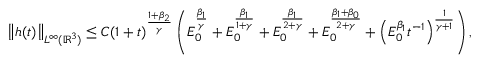
\left\| h ( t ) \right\| _ { L ^ { \infty } ( \ensuremath { { \mathbb R } } ^ { 3 } ) } \leq C ( 1 + t ) ^ { \frac { 1 + \beta _ { 2 } } { \gamma } } \left( E _ { 0 } ^ { \frac { \beta _ { 1 } } { \gamma } } + E _ { 0 } ^ { \frac { \beta _ { 1 } } { 1 + \gamma } } + E _ { 0 } ^ { \frac { \beta _ { 1 } } { 2 + \gamma } } + E _ { 0 } ^ { \frac { \beta _ { 1 } + \beta _ { 0 } } { 2 + \gamma } } + \left( E _ { 0 } ^ { \beta _ { 1 } } t ^ { - 1 } \right) ^ { \frac { 1 } { \gamma + 1 } } \right) ,